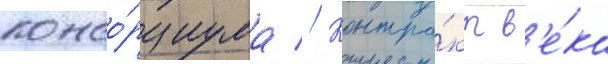
консо́рциума // Контра́кт в'е́ка